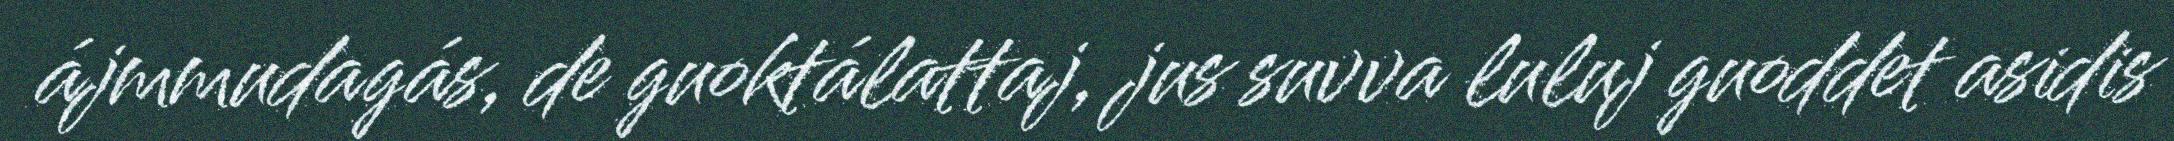
ájmmudagás, de guoktálattaj, jus suvva luluj guoddet asidis